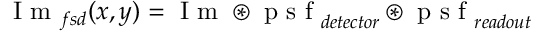
\textrm { I m } _ { f s d } ( x , y ) = \textrm { I m } \circledast \mathrm { ~ p ~ s ~ f ~ } _ { d e t e c t o r } \circledast \mathrm { ~ p ~ s ~ f ~ } _ { r e a d o u t }